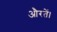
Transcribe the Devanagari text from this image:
औरतें।